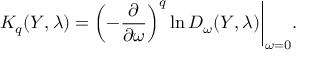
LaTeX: K _ { q } ( Y , \lambda ) = \left( - \frac { \partial } { \partial \omega } \right) ^ { q } \ln D _ { \omega } ( Y , \lambda ) \biggl | _ { \omega = 0 } .